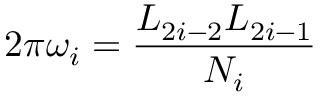
2 \pi \omega _ { i } = \frac { L _ { 2 i - 2 } L _ { 2 i - 1 } } { N _ { i } }